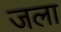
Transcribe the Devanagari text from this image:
जला